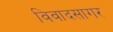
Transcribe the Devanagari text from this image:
विवादसागर